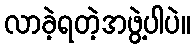
လာခဲ့ရတဲ့အဖွဲ့ပါပဲ။